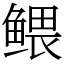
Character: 鳂